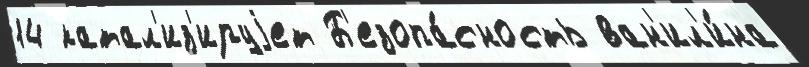
14 катал'из'ируjет Б'езопа́сность ван'ил'и́на